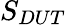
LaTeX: S_{DUT}